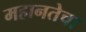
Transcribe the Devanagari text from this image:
महानतेचा